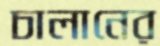
চালানের